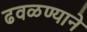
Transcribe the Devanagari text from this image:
ढवळण्याने